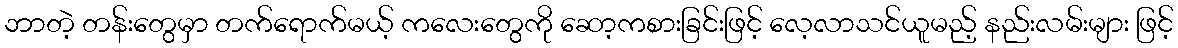
ဘာတဲ့ တန်းတွေမှာ တက်ရောက်မယ့် ကလေးတွေကို ဆော့ကစားခြင်းဖြင့် လေ့လာသင်ယူမည့် နည်းလမ်းများ ဖြင့်